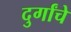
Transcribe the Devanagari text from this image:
दुर्गांचे